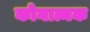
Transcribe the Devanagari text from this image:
कोनात्मक